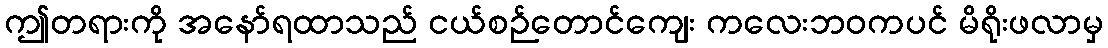
ဤတရားကို အနော်ရထာသည် ငယ်စဉ်တောင်ကျေး ကလေးဘဝကပင် မိရိုးဖလာမှ